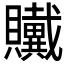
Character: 𲂸